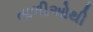
તાળીઓથી